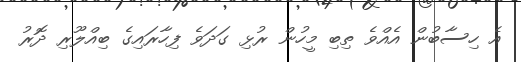
އެ ހިސާބުން އެއްވެ ތިބި މީހުން ރުޅި ގަދަވެ ފިހާރައިގެ ބިއްލޫރި ދޮރު